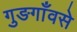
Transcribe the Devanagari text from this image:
गुङगाँवसे